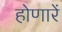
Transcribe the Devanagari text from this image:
होणारें